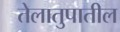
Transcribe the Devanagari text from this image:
तेलातुपातील